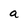
Character: a